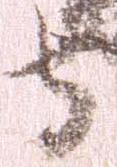
守